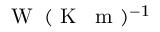
\textrm { W } \: ( \textrm { K } \: \textrm { m } ) ^ { - 1 }